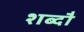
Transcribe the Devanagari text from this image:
शब्दौ